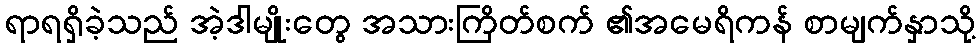
ရာရရှိခဲ့သည် အဲ့ဒါမျိုးတွေ အသားကြိတ်စက် ၏အမေရိကန် စာမျက်နှာသို့